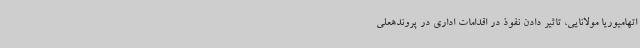
اتهامیوریا مولانایی، تاثیر دادن نفوذ در اقدامات اداری در پروندهعلی